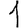
Digit: 1